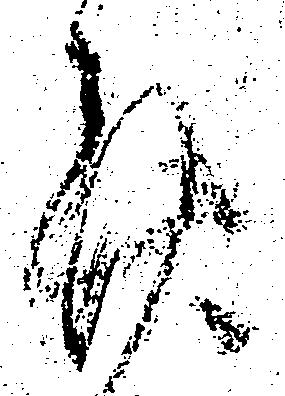
謹